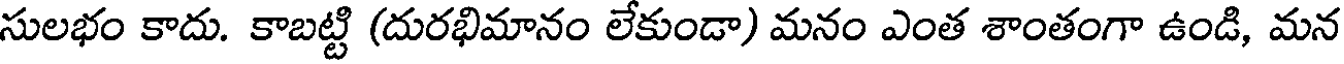
సులభం కాదు. కాబట్టి (దురభిమానం లేకుండా) మనం ఎంత శాంతంగా ఉండి, మన